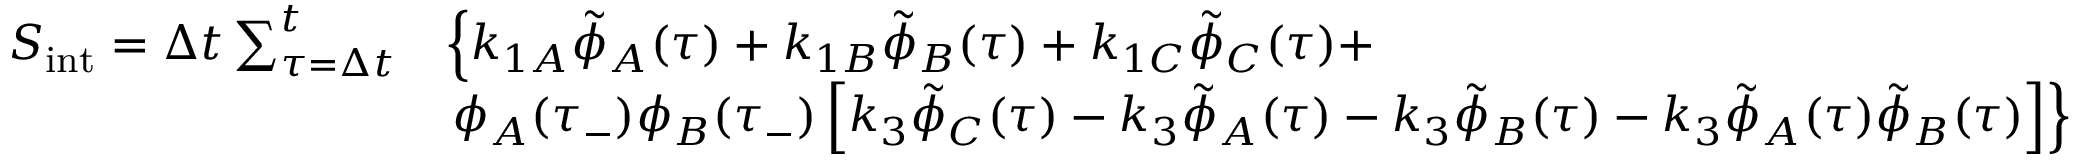
\begin{array} { r l } { S _ { \mathrm { i n t } } = \Delta t \sum _ { \tau = \Delta t } ^ { t } } & { \left\lbrace k _ { 1 A } \tilde { \phi } _ { A } ( \tau ) + k _ { 1 B } \tilde { \phi } _ { B } ( \tau ) + k _ { 1 C } \tilde { \phi } _ { C } ( \tau ) + \right. } \\ & { \left. \phi _ { A } ( \tau _ { - } ) \phi _ { B } ( \tau _ { - } ) \left[ k _ { 3 } \tilde { \phi } _ { C } ( \tau ) - k _ { 3 } \tilde { \phi } _ { A } ( \tau ) - k _ { 3 } \tilde { \phi } _ { B } ( \tau ) - k _ { 3 } \tilde { \phi } _ { A } ( \tau ) \tilde { \phi } _ { B } ( \tau ) \right] \right\rbrace } \end{array}